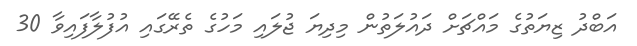
އަބްދު ޒިޔަތުގެ މައްޗަށް ދައުލަތުން މިދިޔަ ޖުލައި މަހުގެ ތެރޭގައި އުފުލާފައިވާ 30